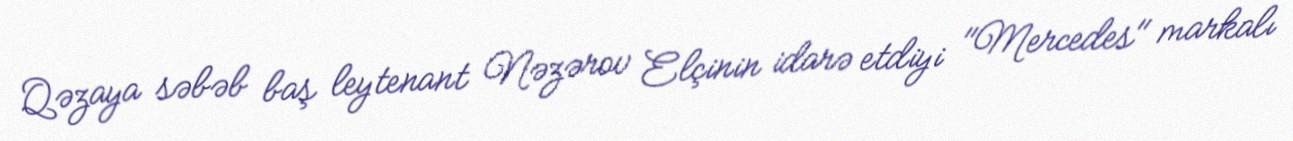
Qəzaya səbəb baş leytenant Nəzərov Elçinin idarə etdiyi "Mercedes" markalı